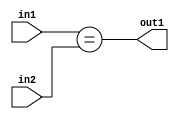
`timescale 1ps / 1ps
/*****************************************************************************
    Verilog RTL Description
    
    
    Created by: Stratus DpOpt 2019.1.01 
*******************************************************************************/

module DC_Filter_Equal_2Ux1U_1U_1 (
	in2,
	in1,
	out1
	); /* architecture "behavioural" */ 
input [1:0] in2;
input  in1;
output  out1;
wire  asc001;

assign asc001 = (in1==in2);

assign out1 = asc001;
endmodule

/* CADENCE  urf5Tws= : u9/ySgnWtBlWxVPRXgAZ4Og= ** DO NOT EDIT THIS LINE ******/